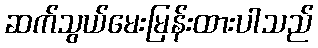
ဆက်သွယ်မေးမြန်းထားပါသည်